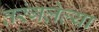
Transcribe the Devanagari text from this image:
तरंगलेल्या